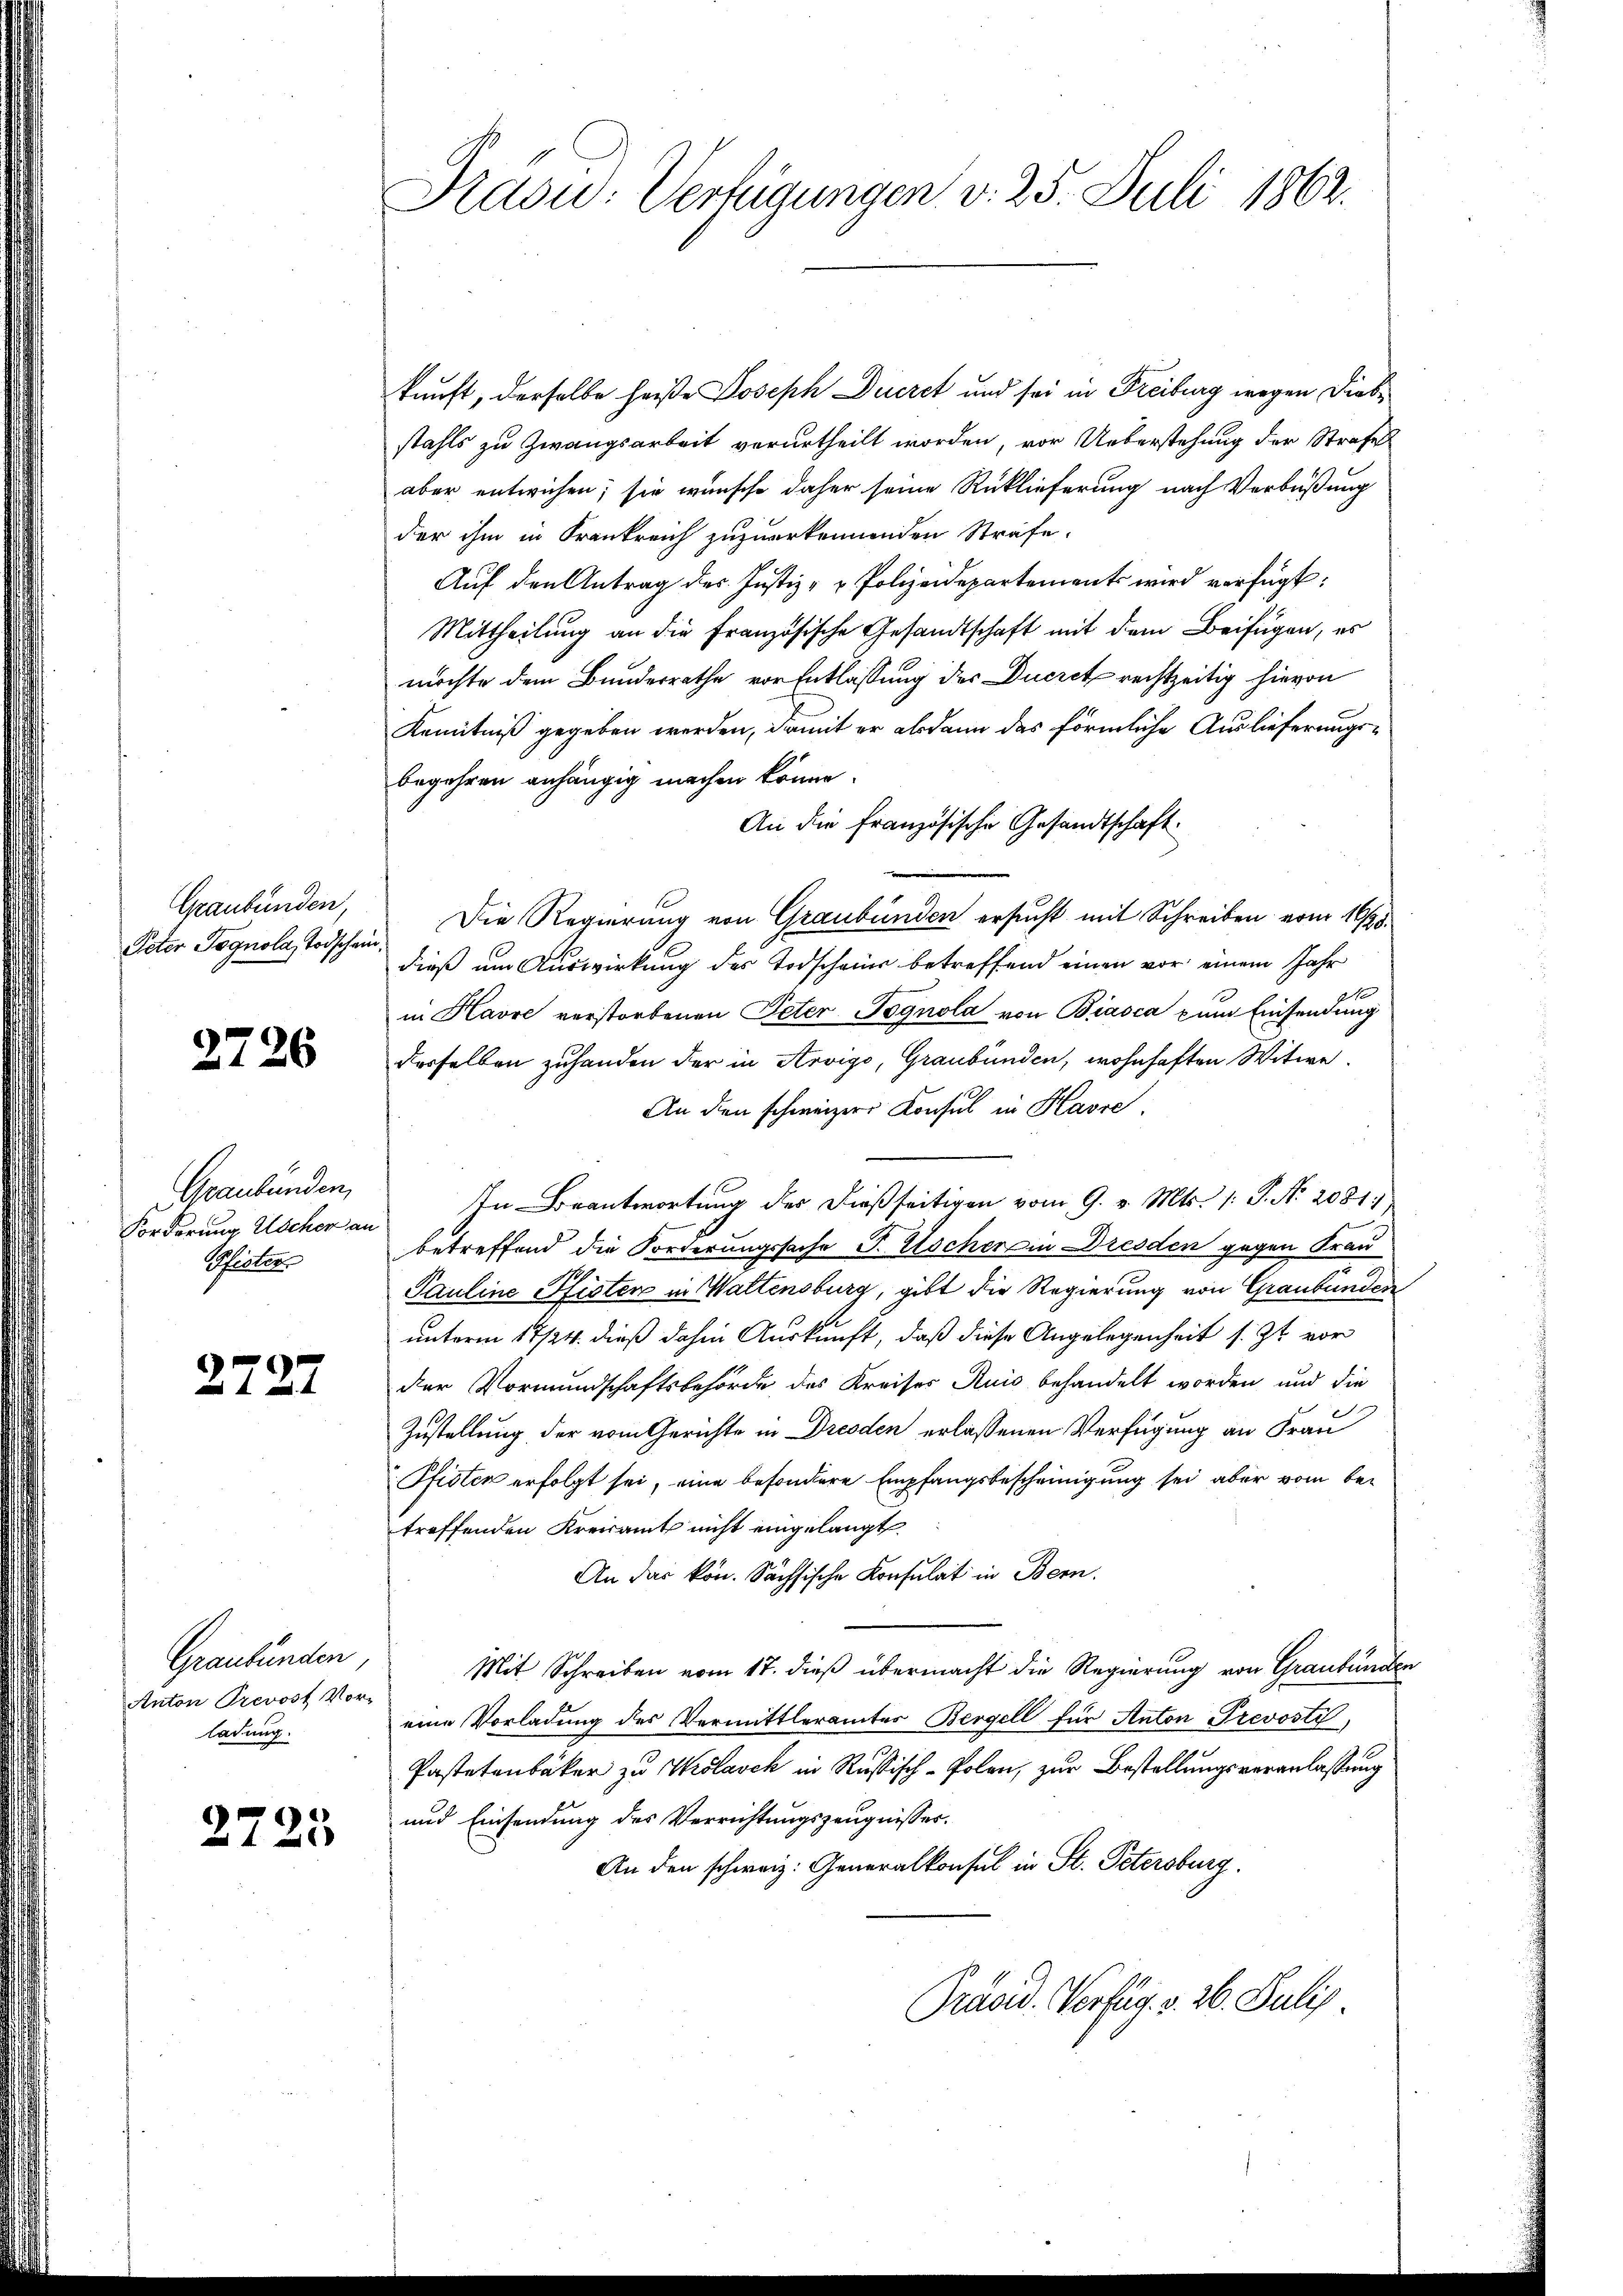
Graubünden,
Peter Pognola, Todschen

2726

Graubünden,
Forderung Uschen an
Pheater

2727

Graubünden,
Anton Prevost Vor-
ladung.

2725

Rasu: Verfügungen v. 25. Juli 1862.

kunft, derselbe heiße Joseph Decret und sei in Freiburg wegen Diebstahls zu Zwangsarbeit verurtheilt worden, vor Ueberstehung der Strafe
aber entwichen; sie wünsche daher seine Rücklieferung nach Verbüßung
der ihm in Krankreich zuzuerkennenden Strafe.
Auf den Antrag des Justiz- & Polizeidepartements wird verfügt:
Mittheilung an die Französische Gesandtschaft mit dem Beifügen, es
möchte dem Bundesrathe vor Entlassung der Ducret rechtzeitig hievon
Kenntniß gegeben werden, damit er alsdann das förmliche Auslieferungsbegehren anhängig machen könne.
An die französische Gesandtschaft
Die Regierung von Graubünden ersucht mit Schreiben vom 16/25.
dieß um Auswirkung des Todschain betreffend einen vor einem Jahr
in Havre verstorbenen Peter-Pognola von Biasca zum Einsendung
derselben zuhanden der in Arvigo, Graubünden, wohnhaften Witwe
An den schweizers Konsul in Havre,
In Beantwortung der dießseitigen vom 9. v. Mts. /: P. N. 2081;
betreffend die Forderungssache P. Escher in Dresden gegen Frau
Pauline Pfisten in Waltensburg, gibt die Regierung von Graubünden
unterm 17/24. dieß dahin Auskunft, daß diese Angelegenheit s. Zt. vor
der Vormundschaftsbehörde des Kreises Ruis behandelt worden und die
Zustellung der vom Gerichte in Dresden erlassenen Verfügung an Frau
Pfisten erfolgt sei, eine besondere Empfangsbescheinigung sei aber vom betreffenden Kreisamt nicht eingelangt.
An das kön. Sächsische Konsulat in Bern.
Mit Schreiben vom 17. dieß übermacht die Regierung von Graubünden
eine Vorladung des Vermittleramtes Bergell für Anton Prevosti,
Pastetenbaker zu Wislasch in Russisch-Polen, zur Bestellungsveranlassung
und Einsendung des Verrichtungszeugnisses.
An den schweiz. Generalkonsul in St. Petersburg.
Präsid. Verfüg. v. 26. Juli